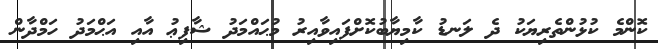
ކޮންމެ ކުޅުންތެރިޔަކު ދެ ލަނޑު ކާމިޔާބުކޮށްފައިވާއިރު މުޙައްމަދު ޝާފިޢު އާއި އަޙްމަދު ހަމްދާން